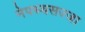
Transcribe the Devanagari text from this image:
नेपथ्यसज्जा